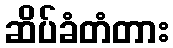
ဆိပ်ခံတံတား